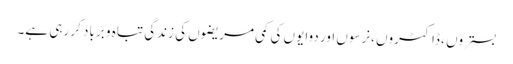
بستروں ، ڈاکٹروں ،نرسوں اور دوایوں کی کمی مریضوں کی زندگی تباہ و برباد کر رہی ہے۔